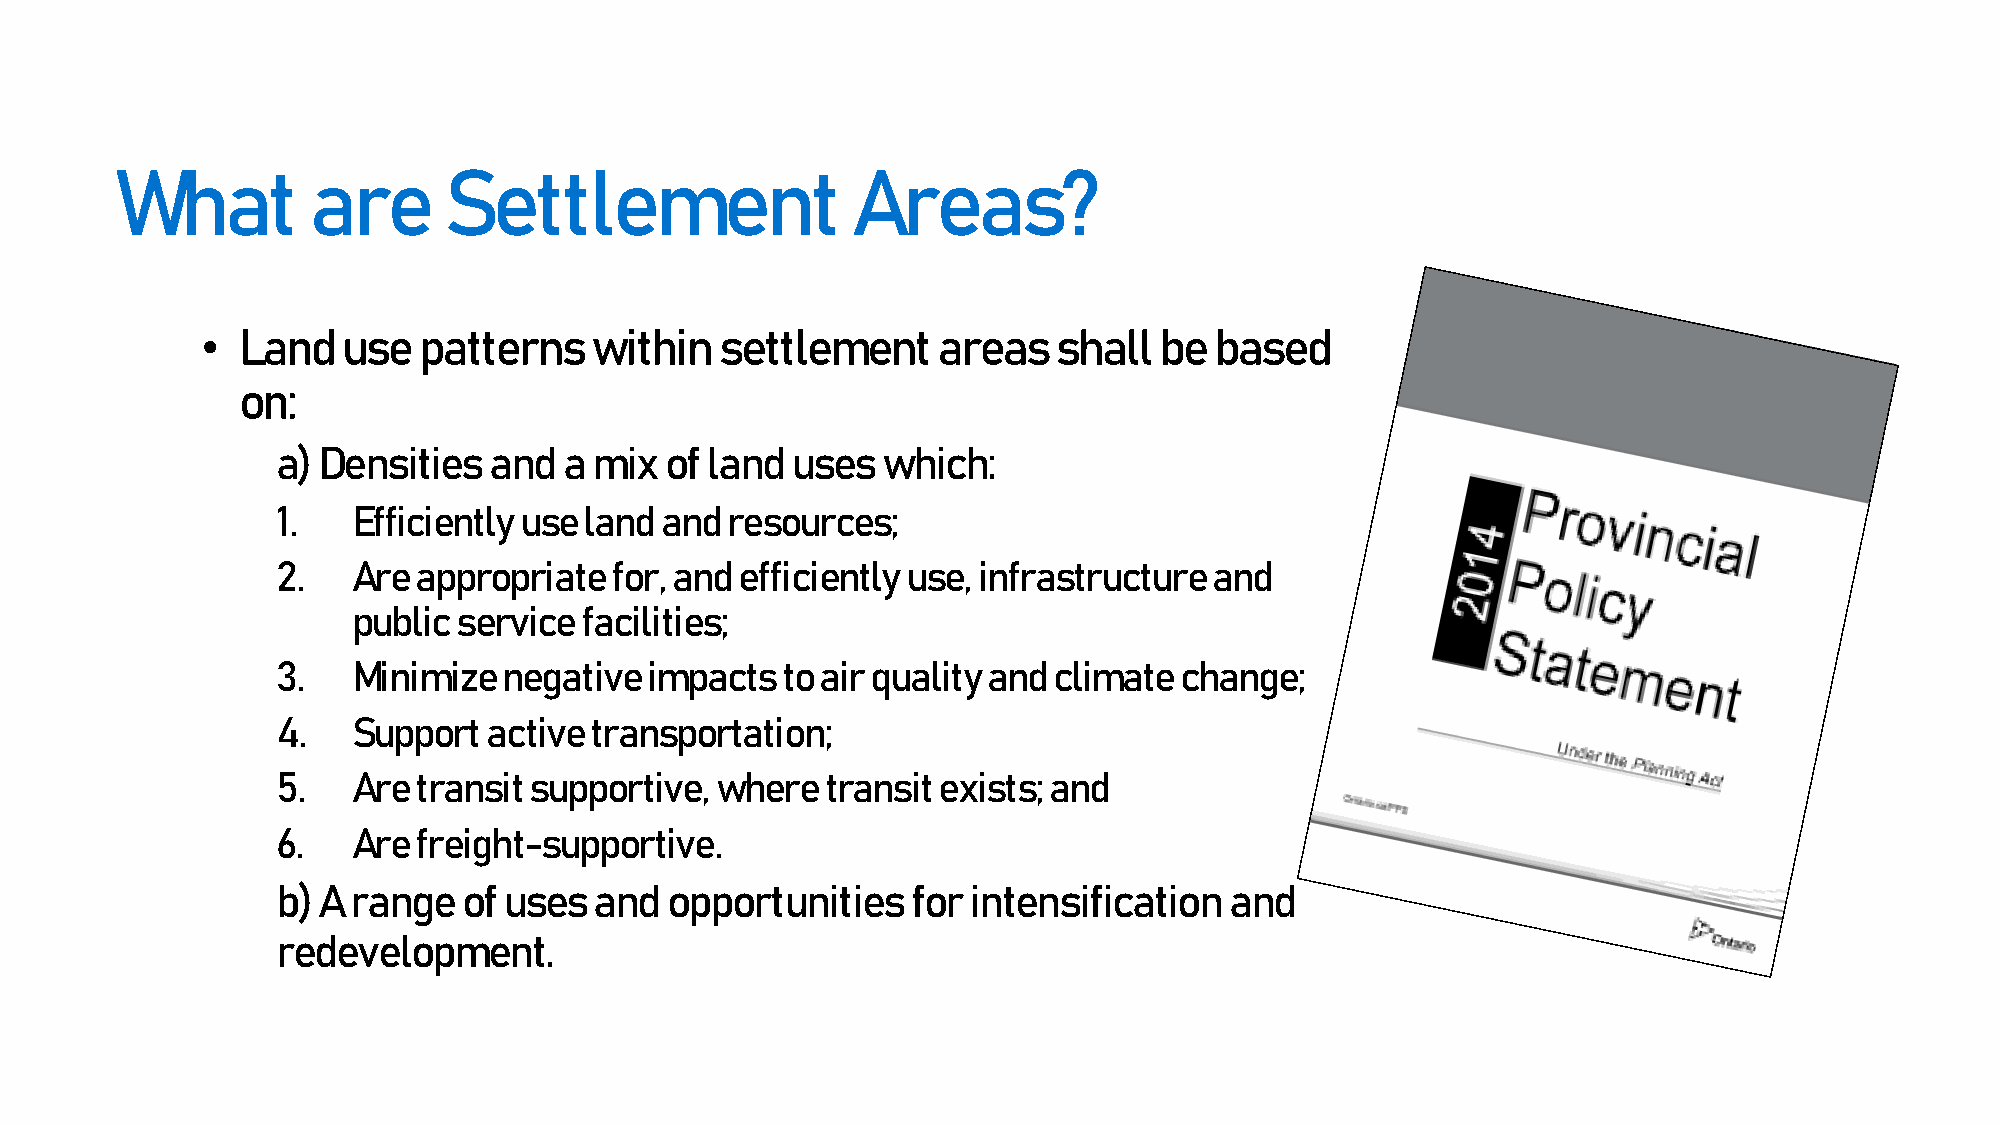
What        are      Settlement                 Areas?
 •  Land   use  patterns   within   settlement    areas   shall  be based
 on:
 a) Densities  and  a mix  of land uses  which:
 1.   Efficiently use land and resources;
 2.   Are appropriate  for, and efficiently use, infrastructure and
 public service facilities;
 3.   Minimize  negative  impacts  to air quality and climate change;
 4.   Support  active transportation;
 5.   Are transit supportive, where   transit exists; and
 6.   Are freight-supportive.
 b) A range   of uses and  opportunities   for intensification  and
 redevelopment.